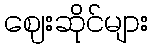
ဈေးဆိုင်များ